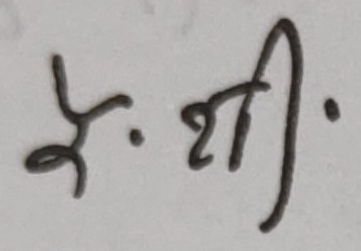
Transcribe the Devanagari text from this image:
के . श्री .